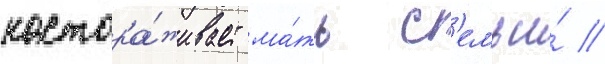
настора́живает ма́ть с'емьи́ //